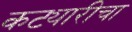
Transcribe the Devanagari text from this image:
कट्यारीचा